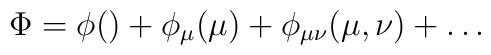
\Phi = \phi() + \phi_\mu (\mu) + \phi_{\mu\nu} (\mu, \nu) + \ldots